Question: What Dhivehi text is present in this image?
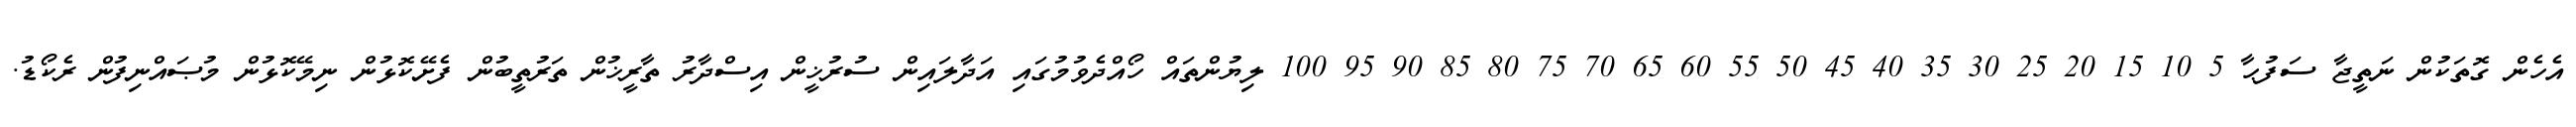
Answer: އެހެން ގޮތަކުން ނަތީޖާ ސަފުޙާ 5 10 15 20 25 30 35 40 45 50 55 60 65 70 75 80 85 90 95 100 ލިޔުންތައް ހޯއްދެވުމުގައި އަދާލައިން ސުރުޚީން އިސްދާރު ތާރީޚުން ތަރުތީބުން ފެށޭކޮޅުން ނިމޭކޮޅުން މުޞައްނިފުން ރެކޯޑު.